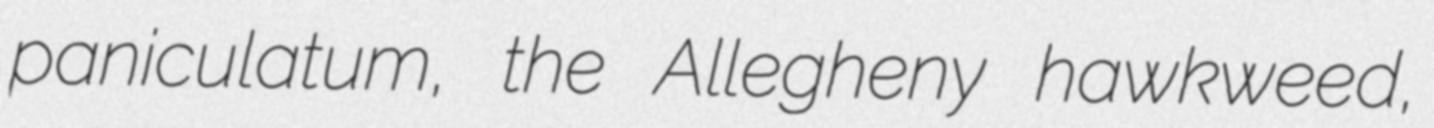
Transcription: paniculatum, the Allegheny hawkweed,